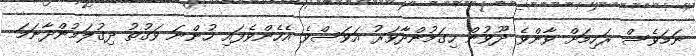
ނަމަވެސް ރަހިމަށް ވާންވެ ދޫވުން ހިގަމުންދާވަރު އަވަސްވެ އެހެންވެފައި ހުންނަ ވަގުތު ދިގުލަމުންދާނަމަ